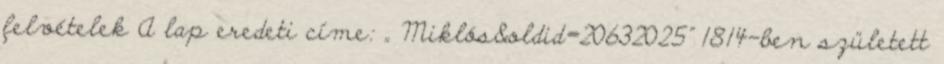
felvételek A lap eredeti címe: „ Miklós&oldid=20632025” 1814-ben született